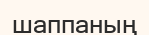
шаппаның